Lunatic asylums Punjab 1895-1910 - 1895-1910
Year: 1895
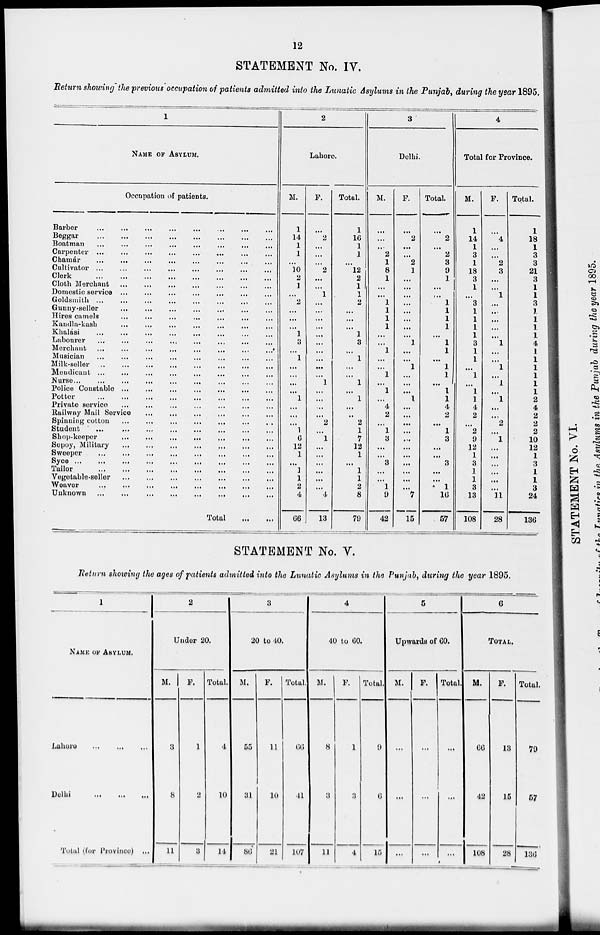
12
STATEMENT No. IV.
Return showing the previous occupation of patients admitted into the Lunatic Asylums in the Punjab, during the year 1895.
1
NAME OF ASYLUM.
Occupation of patients.
Barbar ... ... ... ... ... ... ... ...
Beggar... ... ... ... ... ... ... ...
Boatman... ... ... ... ... ... ... ...
Carpenter... ... ... ... ... ... ... ...
Chamár ... ... ... ... ... ... ... ...
Cultivator ... ... ... ... ... ... ... ...
Clark... ... ... ... ... ... ... ...
Cloth Merchant... ... ... ... ... ... ... ...
Domestic Service... ... ... ... ... ... ... ...
Goldsmith... ... ... ... ... ... ... ...
Gunny-seller ... ... ... ... ... ... ... ...
Hires camels... ... ... ... ... ... ... ...
Kandla-kash... ... ... ... ... ... ... ...
Khalási ... ... ... ... ... ... ... ...
Labourer ... ... ... ... ... ... ... ...
Merchant... ... ... ... ... ... ... ...
Musician... ... ... ... ... ... ... ...
Milk-seller... ... ... ... ... ... ... ...
Mendicant... ... ... ... ... ... ... ...
Nurse... ... ... ... ... ... ... ...
Police Constable... ... ... ... ... ... ... ...
Potter... ... ... ... ... ... ... ...
Private service... ... ... ... ... ... ... ...
Railway Mail Service... ... ... ... ... ... ... ...
Spinning cotton ... ... ... ... ... ... ... ...
Student ... ... ... ... ... ... ... ...
Shop-keeper ... ... ... ... ... ... ... ...
Sepoy, Military... ... ... ... ... ... ... ...
Sweeper
...
...
...
...
...
...
...
...
Syce ...
...
...
...
...
...
...
...
...
Tailor
...
...
...
...
...
...
...
...
Vegetable-seller... ... ... ... ... ... ...
Weaver
...
...
...
...
...
...
...
...
Unknown ...
...
...
...
...
...
...
...
Total
...
...
2
Lahore.
M.
1
14
1
1
...
10
2
1
...
2
...
...
...
1
3
...
1
...
...
...
...
1
...
...
...
1
6
12
1
...
1
1
2
4
66
F.
...
2
...
...
...
2
...
...
1
...
...
...
...
...
...
...
...
...
...
1
...
...
...
...
2
...
1
...
...
...
...
...
...
4
13
Total.
1
16
1
1
...
12
2
1
1
2
...
...
...
1
3
...
1
...
...
1
...
1
...
...
2
1
7
12
1
...
1
1
2
8
79
3
Delhi.
M.
...
...
...
2
1
8
1
...
...
1
1
1
1
...
...
1
...
...
1
...
1
...
4
2
...
1
3
...
...
3
...
...
1
9
42
F.
...
2
...
...
2
1
...
...
...
...
...
...
...
...
1
...
...
1
...
...
...
1
...
...
...
...
...
...
...
...
...
...
...
7
15
Total.
...
2
...
2
3
9
1
...
...
1
1
1
1
...
1
1
...
1
1
...
1
1
4
2
...
1
3
...
...
3
...
...
1
16
57
4
Total for Province.
M.
1
14
1
3
1
18
3
1
...
3
1
1
1
1
3
1
1
...
1
...
1
1
4
2
...
2
9
12
1
3
1
1
3
13
108
F.
...
4
...
...
2
3
...
...
1
...
...
...
...
...
1
...
...
1
...
1
...
1
...
...
2
...
1
...
...
...
...
...
...
11
28
Total.
1
18
1
3
3
21
3
1
1
3
1
1
1
1
4
1
1
1
1
1
1
2
4
2
2
2
10
12
1
3
1
1
3
24
136
STATEMENT No. V.
Return showing the ages of patients admitted into the Lunatic Asylum in the Punjab, during the year 1895.
1
NAME OF ASYLUM.
Lahore...
...
...
Delhi ... ... ...
Total (for Province) ...
2
Under 20.
M.
3
8
11
F.
1
2
3
Total.
4
10
14
3
20 to 40.
M.
55
31
86
F.
11
10
21
Total.
66
41
107
4
40 to 60.
M.
8
3
11
F.
1
3
4
Total.
9
6
15
5
Upwards of 60.
M.
...
...
...
F.
...
...
...
Total.
...
...
...
6
TOTAL.
M
66
42
108
F.
13
15
28
Total.
79
57
136